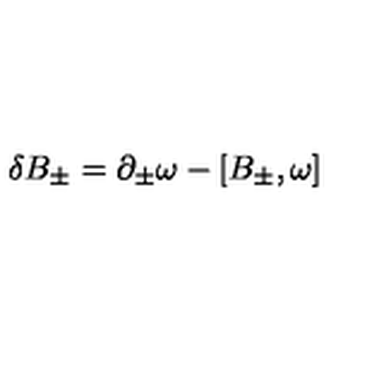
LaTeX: \delta B _ { \pm } = \partial _ { \pm } \omega - [ B _ { \pm } , \omega ]